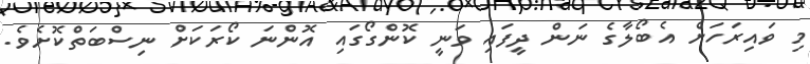
މި ވައިރަހަށް އެބޯލާގެ ނަން ދީފައި ވަނީ ކޮންގޯގައި އޮންނަ ކޯރަކަށް ނިސްބަތްކޮށެވެ.